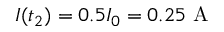
I ( t _ { 2 } ) = 0 . 5 I _ { 0 } = 0 . 2 5 \mathrm { ~ A ~ }